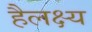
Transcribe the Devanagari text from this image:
हैलक्ष्य